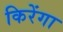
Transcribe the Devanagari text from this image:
किरेंगा